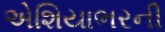
એશિયાભરની